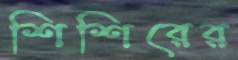
শিশিরের